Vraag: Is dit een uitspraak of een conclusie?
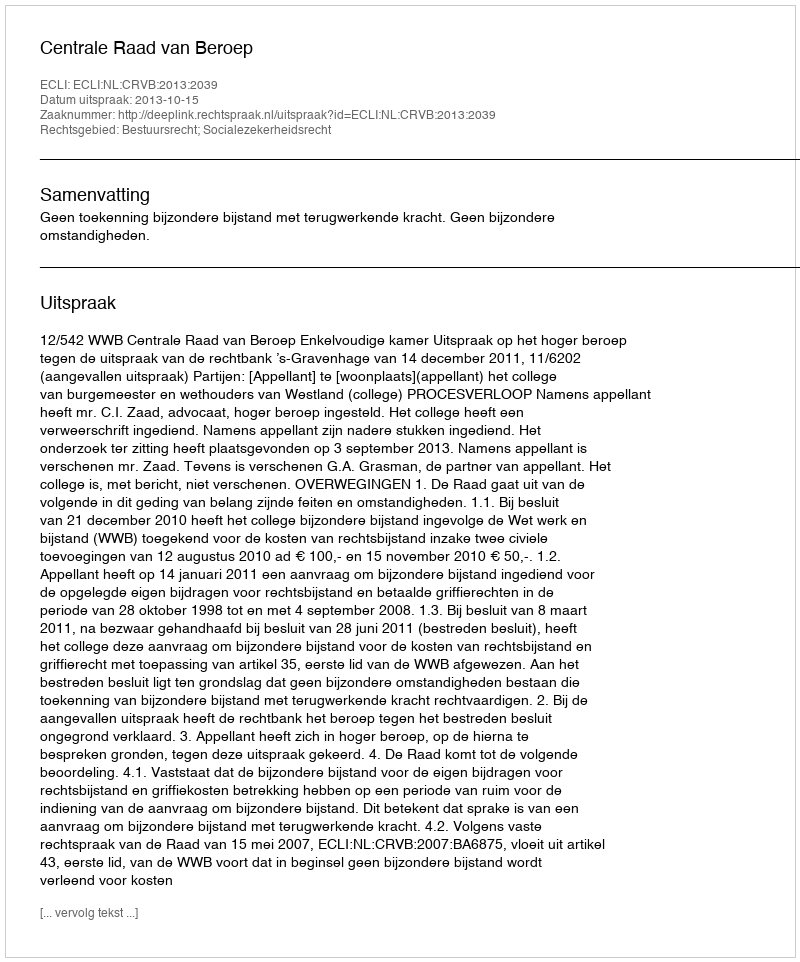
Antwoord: Uitspraak